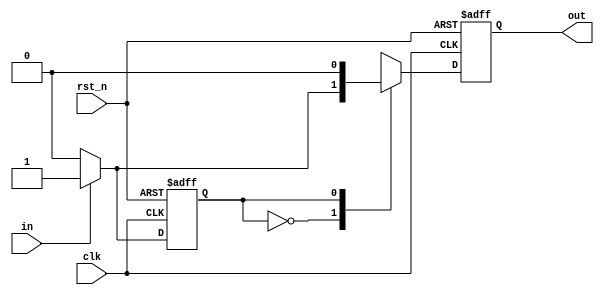
module one_pulse(
					output reg out,
					input in,
					input clk,
					input rst_n
    );
parameter S0 = 0;
parameter S1 = 1;
reg state, nextState, nextOut;
always @(posedge clk or negedge rst_n) begin
	if (!rst_n) begin
		state <= S0;
		out <= 0;
	end else begin
		state <= nextState;
		out <= nextOut;
	end 
end 
always @(*) begin
	case (state) 
		S0: begin 				
			if (in == 0) begin	
				nextState = 0;
				nextOut = 0;
			end else begin		
				nextState = 1;
				nextOut = 1;
			end
		end
		S1: begin				
			nextOut = 0;
			if (in == 0) begin	
				nextState = 0;
			end else begin		
				nextState = 1;
			end
		end
	endcase
end
endmodule